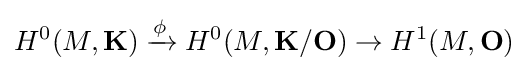
H^{0}(M,\mathbf {K} )\xrightarrow {\phi } H^{0}(M,\mathbf {K} /\mathbf {O} )\to H^{1}(M,\mathbf {O} )